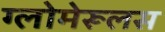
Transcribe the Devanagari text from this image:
ग्लोमेरूलस